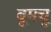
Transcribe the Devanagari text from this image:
बूमचू